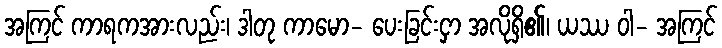
အကြင် ကာရကအားလည်း၊ ဒါတု ကာမော- ပေးခြင်းငှာ အလိုရှိ၏၊ ယဿ ဝါ- အကြင်